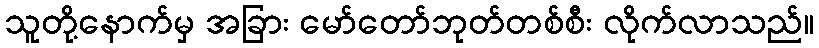
သူတို့နောက်မှ အခြား မော်တော်ဘုတ်တစ်စီး လိုက်လာသည်။